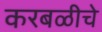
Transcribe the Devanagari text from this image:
करबळीचे